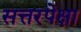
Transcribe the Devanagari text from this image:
सत्तरपेक्षा